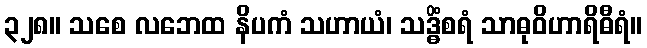
၃၂၈။ သစေ လဘေထ နိပကံ သဟာယံ၊ သဒ္ဓိံစရံ သာဓုဝိဟာရိဓီရံ။